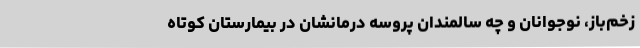
زخم‌باز، نوجوانان و چه سالمندان پروسه درمانشان در بیمارستان کوتاه